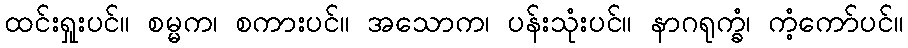
ထင်းရှုးပင်။ စမ္မက၊ စကားပင်။ အသောက၊ ပန်းသုံးပင်။ နာဂရုက္ခံ၊ ကံ့ကော်ပင်။